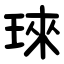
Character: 琜